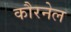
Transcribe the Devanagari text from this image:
कौरनेल